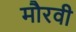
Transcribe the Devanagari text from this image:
मौरवी